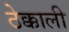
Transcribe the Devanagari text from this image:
ठेक्काली